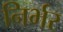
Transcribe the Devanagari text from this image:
निर्भर